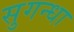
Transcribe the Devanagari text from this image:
सुगन्धा